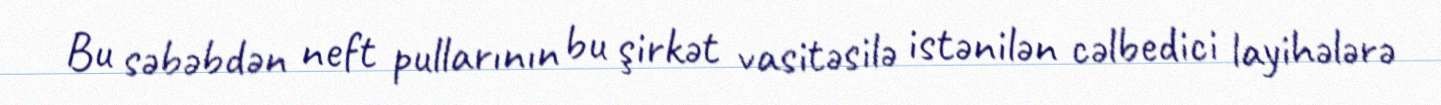
Bu səbəbdən neft pullarının bu şirkət vasitəsilə istənilən cəlbedici layihələrə